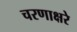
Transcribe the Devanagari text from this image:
चरणाक्षरे